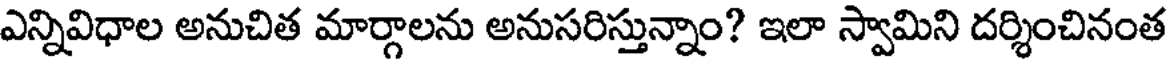
ఎన్నివిధాల అనుచిత మార్గాలను అనుసరిస్తున్నాం? ఇలా స్వామిని దర్శించినంత